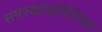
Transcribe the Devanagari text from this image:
समस्यांव्यतिरिक्त